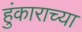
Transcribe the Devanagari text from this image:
हुंकाराच्या